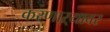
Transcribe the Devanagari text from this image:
करणाऱ्यावर